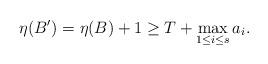
LaTeX: \begin{align*}\eta(B^{\prime})=\eta(B)+1\ge T+\max_{1\le i \le s}a_i. \end{align*}